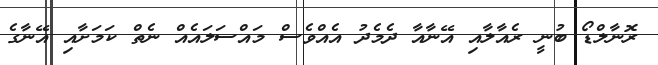
ރޮނާލްޑޯ ބުނީ ރެއާލާއި އޭނާއާ ދެމެދު އެއްވެސް މައްސަލައެއް ނެތް ކަމަށާއި އޭނާގެ